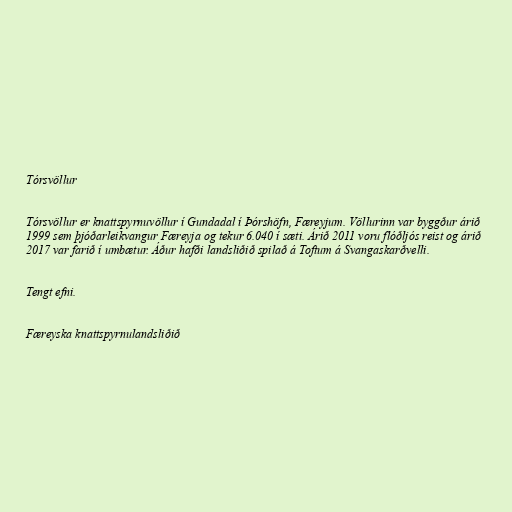
Tórsvöllur

Tórsvöllur er knattspyrnuvöllur í Gundadal í Þórshöfn, Færeyjum. Völlurinn var byggður árið
1999 sem þjóðarleikvangur Færeyja og tekur 6.040 í sæti. Árið 2011 voru flóðljós reist og árið
2017 var farið í umbætur. Áður hafði landsliðið spilað á Toftum á Svangaskarðvelli.

Tengt efni.

Færeyska knattspyrnulandsliðið